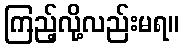
ကြည့်လို့လည်းမရ။